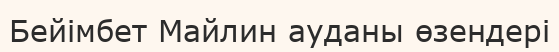
Бейімбет Майлин ауданы өзендері